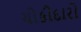
ચોકીદારો